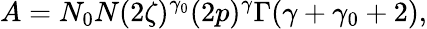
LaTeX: A=N_{0}N(2\zeta)^{\gamma_{0}}(2p)^{\gamma}\Gamma(\gamma+\gamma_{0}+2),